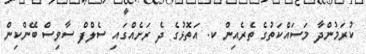
ކުރަމުންދާ މަސައްކަތުގެ ތެރެއިން ކ. އަތޮޅުގެ ދެ ރަށެއްގައި ސެލްފް ސާވިސް ބޭންކިން